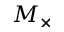
M _ { \times }